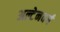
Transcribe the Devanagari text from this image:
अल्टेनवर्ग